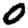
Digit: 0